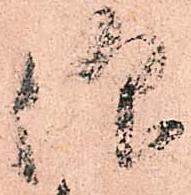
仰